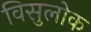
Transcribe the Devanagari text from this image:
विसुलोक